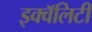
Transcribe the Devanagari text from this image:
इक्वॅलिटी